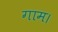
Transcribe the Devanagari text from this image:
गाम।